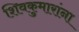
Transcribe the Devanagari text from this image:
शिवकुमारांना